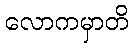
လောကမှာတိ